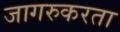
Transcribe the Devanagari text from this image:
जागरुकरता